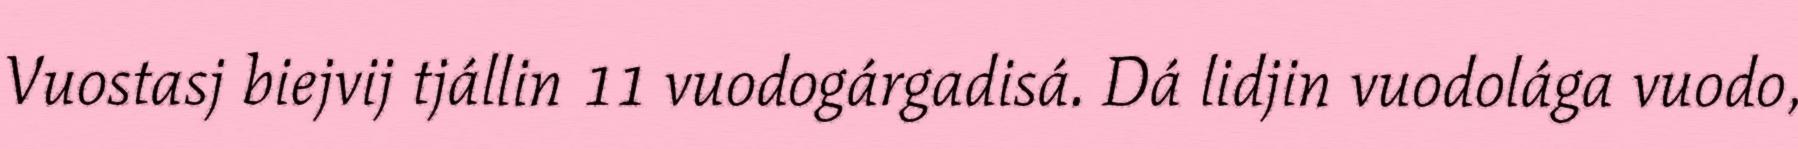
Vuostasj biejvij tjállin 11 vuodogárgadisá. Dá lidjin vuodolága vuodo,